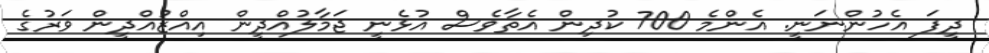
ދީފަ އެހުންނަނީ. އެންމެ 700 ކުދިން އެތާވެސް އުޅެނީ ޖަމާލުއްދީން އިއްޒުއްދީން ވަރުގެ